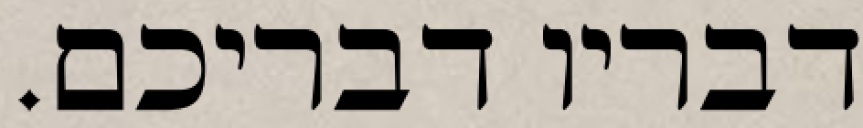
דבריו דבריכם.